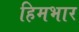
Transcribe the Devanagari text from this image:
हिमभार